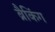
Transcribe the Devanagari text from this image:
ब्रैकिंग